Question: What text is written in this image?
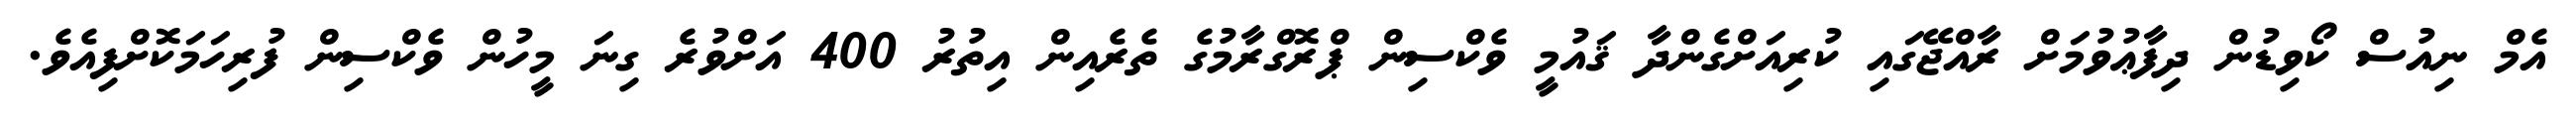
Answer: އެމް ނިއުސް ކޯވިޑުން ދިފާޢުވުމަށް ރާއްޖޭގައި ކުރިއަށްގެންދާ ޤައުމީ ވެކްސިން ޕްރޮގްރާމުގެ ތެރެއިން އިތުރު 400 އަށްވުރެ ގިނަ މީހުން ވެކްސިން ފުރިހަމަކޮށްފިއެވެ.